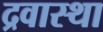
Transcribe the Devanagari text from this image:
द्रवास्था